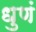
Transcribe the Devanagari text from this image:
धुणं